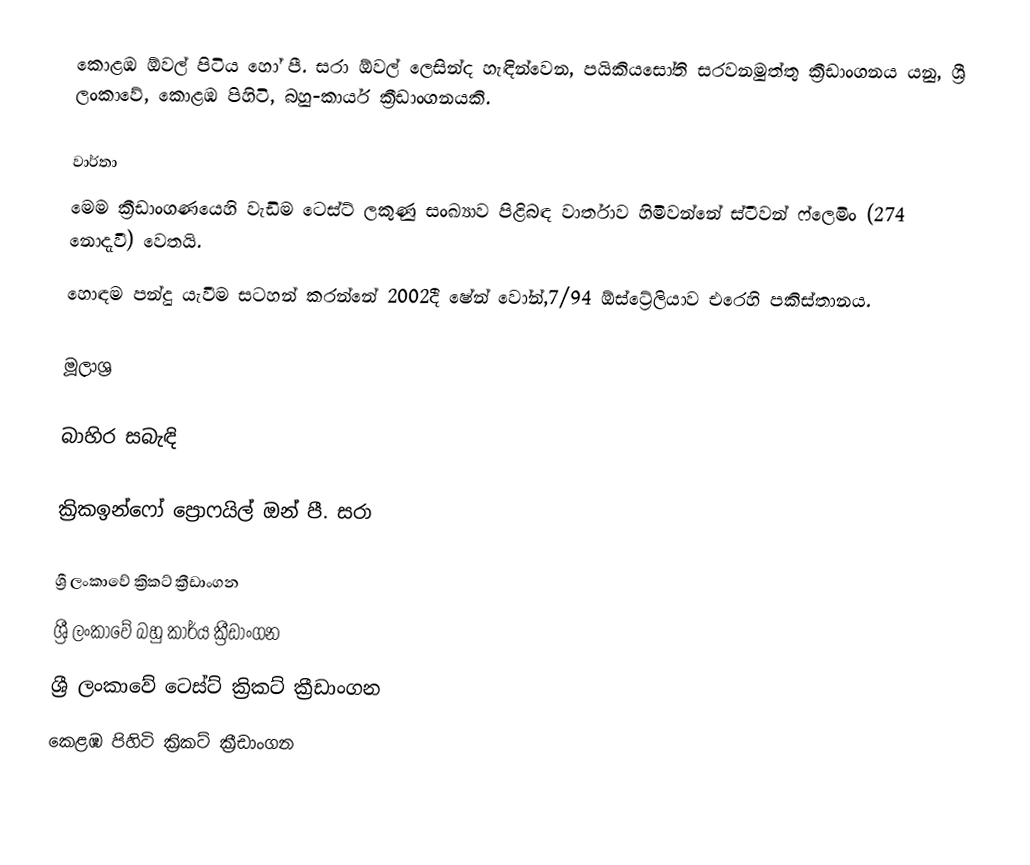
කොළඹ ඕවල් පිටිය හෝ පී. සරා ඕවල් ලෙසින්ද හැඳින්වෙන, පයිකියසෝති සරවනමුත්තු ක්‍රීඩාංගනය යනු, ශ්‍රී ලංකාවේ, කොළඹ පිහිටි,  බහු-කාර්ය ක්‍රීඩාංගනයකි.

වාර්තා
 මෙම ක්‍රීඩාංගණයෙහි වැඩිම ටෙස්ට් ලකුණු සංඛ්‍යාව පිළිබඳ වාර්තාව හිමිවන්නේ ස්ටීවන් ෆ්ලෙමිං (274 නොදැවී) වෙතයි.
 හොඳම පන්දු යැවීම සටහන් කරන්නේ 2002දී ෂේන් වෝන්,7/94 ඕස්ට්‍රේලියාව එරෙහි පකිස්තානය.

මූලාශ්‍ර

බාහිර සබැඳි

 ක්‍රිකඉන්ෆෝ ප්‍රොෆයිල් ඔන් පී. සරා

ශ්‍රී ලංකාවේ ක්‍රිකට් ක්‍රීඩාංගන
ශ්‍රී ලංකාවේ බහු කාර්ය ක්‍රීඩාංගන
ශ්‍රී ලංකාවේ ටෙස්ට් ක්‍රිකට් ක්‍රීඩාංගන
කෙළඹ පිහිටි ක්‍රිකට් ක්‍රීඩාංගන